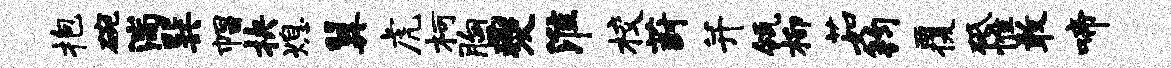
抱碗湍巽帽抉熄翼虎柯胸夔淮校葑并瓴柳茹钧覆砥惟敢啼